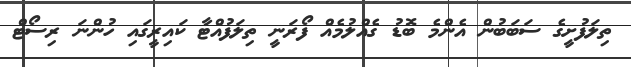
ތިލަފުށީގެ ސަބަބުން އެންމެ ބޮޑު ގެއްލުމެއް ފޯރަނީ ތިލަފުއްޓާ ކައިރީގައި ހުންނަ ރިސޯޓް